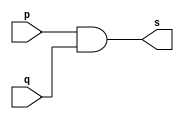
// ------------------------- 
// Exemplo0003 - AND 
// Nome: Jnatas Sena Ferreira 
// ------------------------- 
// ------------------------- 
// -- and gate 
// ------------------------- 
module andgate ( output s, 
input p, 
input q); 
assign s = p & q; 
endmodule // andgate 
// --------------------- 
// -- test and gate 
// --------------------- 
module testandgate; 
// ------------------------- dados locais 
reg a, b; // definir registradores 
wire s; // definir conexao (fio) 
// ------------------------- instancia 
andgate AND1 (s, a, b); 
// ------------------------- preparacao 
initial begin:start 
a=0; b=0; 
end 
// ------------------------- parte principal 
initial begin 
$display("Exemplo0003 - Jnatas Sena Ferreira - 427424"); 
$display("Test AND gate"); 
$display("\na & b = s\n"); 
a=0; b=0; 
#1 $display("%b & %b = %b", a, b, s); 
a=0; b=1; 
#1 $display("%b & %b = %b", a, b, s); 
a=1; b=0; 
#1 $display("%b & %b = %b", a, b, s); 
a=1; b=1; 
#1 $display("%b & %b = %b", a, b, s); 
end 
endmodule // testandgate